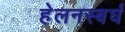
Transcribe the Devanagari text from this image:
हेलनस्बर्घ